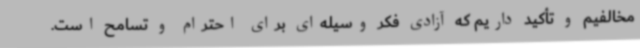
مخالفیم و تأکید داریم که آزادی فکر وسیله‌ای برای احترام و تسامح است.